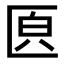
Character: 𠥁